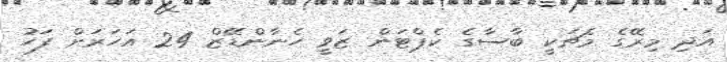
އަދި މިރޭގެ މެޗަކީ ބާސާގެ ކެޕްޓަން ޒަވީ ހެނާންޑޭޒް 24 އަހަރަށް ފަހު